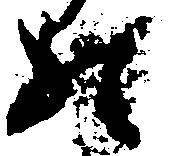
の